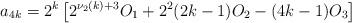
LaTeX: \begin{align*}a_{4k} = 2^{k} \left[ 2^{\nu_{2}(k)+3}O_{1} + 2^{2}(2k-1)O_{2} - (4k-1)O_{3} \right]\end{align*}